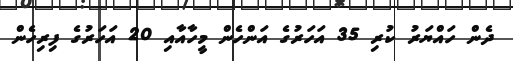
ދެން ހައްޔަރު ކުރި 35 އަހަރުގެ އަންހެން މީހާއާއި 20 އަހަރުގެ ފިރިހެން